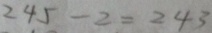
2 4 5 - 2 = 2 4 3